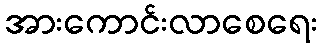
အားကောင်းလာစေရေး